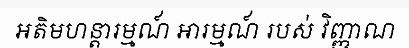
អតិមហន្តារម្មណ៍ អារម្មណ៍ របស់ វិញ្ញាណ